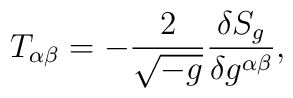
T_{\alpha\beta} = - {2\over\sqrt{-g}} {\delta S_g\over\delta g^{\alpha\beta}},